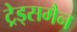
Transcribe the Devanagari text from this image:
ट्रेड्समैन